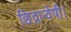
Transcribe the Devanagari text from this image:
छिद्रान्वेषी।